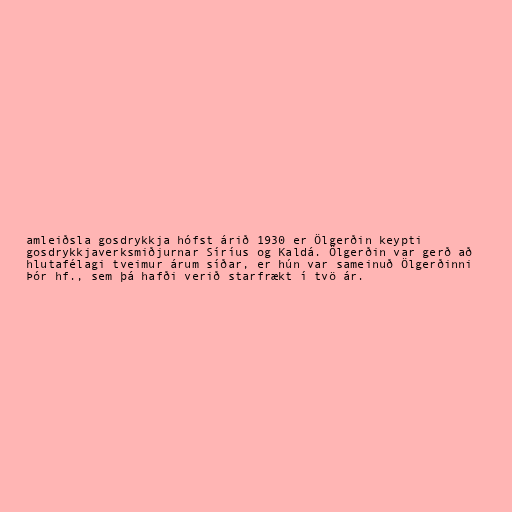
amleiðsla gosdrykkja hófst árið 1930 er Ölgerðin keypti
gosdrykkjaverksmiðjurnar Síríus og Kaldá. Ölgerðin var gerð að
hlutafélagi tveimur árum síðar, er hún var sameinuð Ölgerðinni
Þór hf., sem þá hafði verið starfrækt í tvö ár.